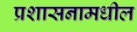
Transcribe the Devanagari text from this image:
प्रशासनामधील